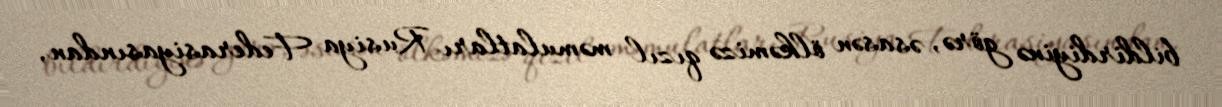
bildirdiyinə görə, əsasən ölkəmizə qızıl məmulatları Rusiya Federasiyasından,